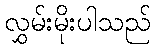
လွှမ်းမိုးပါသည်